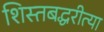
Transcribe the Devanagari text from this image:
शिस्तबद्धरीत्या